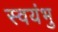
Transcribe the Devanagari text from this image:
स्‍वयंभु